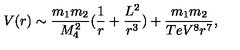
V ( r ) \sim \frac { m _ { 1 } m _ { 2 } } { M _ { 4 } ^ { 2 } } ( \frac { 1 } { r } + \frac { L ^ { 2 } } { r ^ { 3 } } ) + \frac { m _ { 1 } m _ { 2 } } { T e V ^ { 8 } r ^ { 7 } } ,